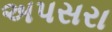
અપસરા